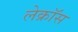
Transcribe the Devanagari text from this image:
लेक्रॉस